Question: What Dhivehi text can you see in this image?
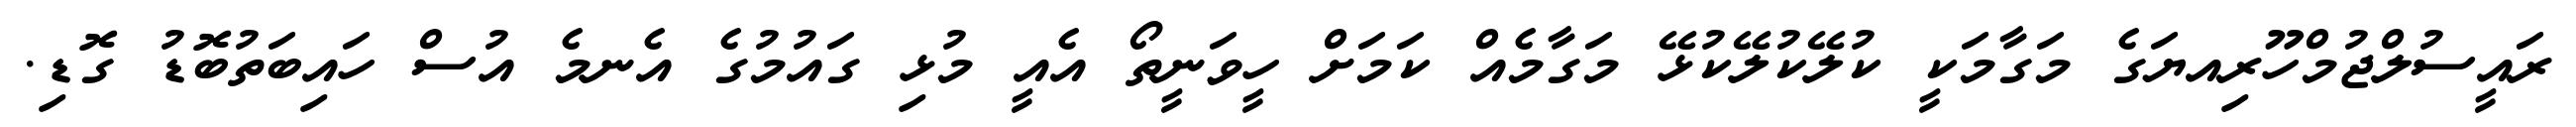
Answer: ރައީސުލްޖުމްހޫރިއޔަގެ މަގާމަކީ ކުލޭކުލޭކުޅޭ މަގާމެއް ކަމަށް ހީވަނީތޯ އެއީ މުޅި ގައުމުގެ އެނމެ އުސް ހައިބަތުބޮޑު ގޮޑި.